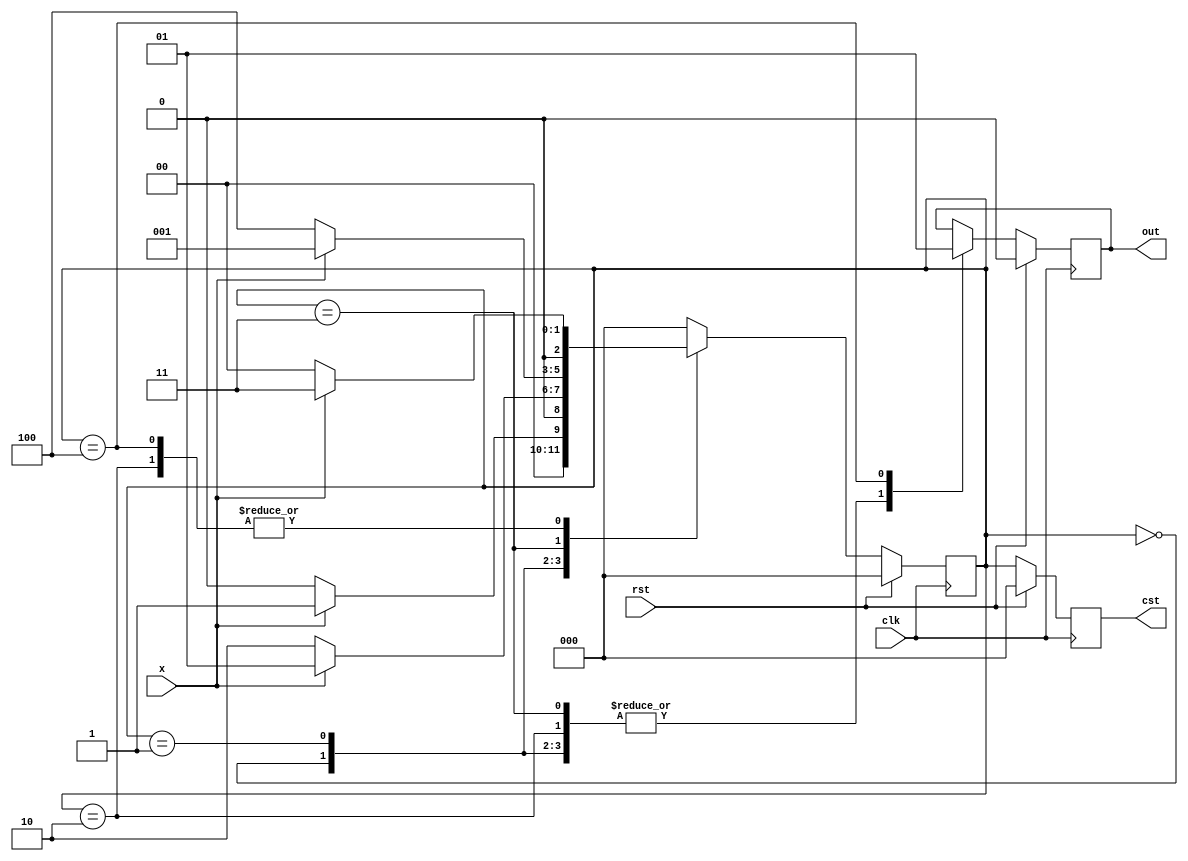
`timescale 1ns / 1ps
module moore_1010_OP(x,clk,rst,cst,out );
output reg out; output reg [2:0]cst;
input clk,x,rst; reg [2:0]nst;
parameter s0 =2'b00,s1 =2'b01,s2=2'b10,s3=2'b11,s4=3'b100;
always @(posedge clk)begin 
if(rst ==1)begin
out = 1'b0; cst= s0;nst =s0;
end 
else  begin cst =nst;
case(cst)
s0:begin out= 1'b0; if(x==1) begin nst =s1;  end else begin nst =s0; end end          
s1:begin out= 1'b0; if(x==0) begin nst =s2;  end else begin nst =s1; end end
s2:begin out= 1'b0; if(x==1) begin nst =s3;  end else begin nst =s0; end end
s3:begin out= 1'b0; if(x==0) begin nst =s4;  end else begin nst =s1; end end
s4:begin out= 1'b1; if(x==1) begin nst =s3;  end else begin nst =s0; end end 
default : nst=s0;
endcase
end
end
endmodule